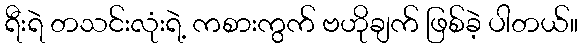
ရီးရဲ တသင်းလုံးရဲ့ ကစားကွက် ဗဟိုချက် ဖြစ်ခဲ့ ပါတယ်။